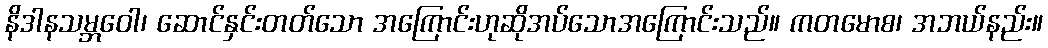
နိဒါနသမ္ဘဝေါ၊ ဆောင်နှင်းတတ်သော အကြောင်းဟုဆိုအပ်သောအကြောင်းသည်။ ကတမောစ၊ အဘယ်နည်း။